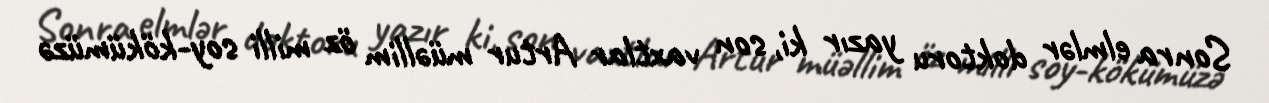
Sonra elmlər doktoru yazır ki, son vaxtlar Artur müəllim öz milli soy-kökümüzə